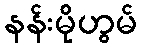
နန်းမိုဟွမ်